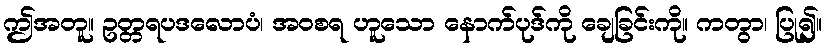
ဤအတူ။ ဥတ္တရပဒလောပံ၊ အဝစရ ဟူသော နောက်ပုဒ်ကို ချေခြင်းကို။ ကတွာ၊ ပြု၍။